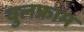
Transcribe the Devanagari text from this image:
वुलफ्राम